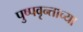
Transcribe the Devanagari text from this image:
पुष्पवृन्ताच्या